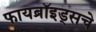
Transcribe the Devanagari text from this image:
फायब्रॉइड्सचे